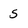
Character: 5